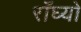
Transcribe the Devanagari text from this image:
राँघ्यो